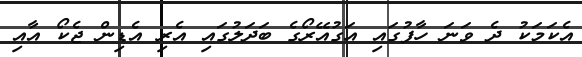
އެކަމަކު ދެ ވަނަ ހާފުގައި އަގުއޭރޯގެ ބަދަލުގައި އެރި އެޑިން ޖެކޯ އާއި